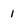
Character: 1